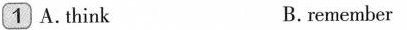
1 A.think B.remember